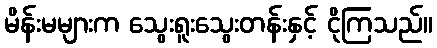
မိန်းမများက သွေးရူးသွေးတန်းနှင့် ငိုကြသည်။